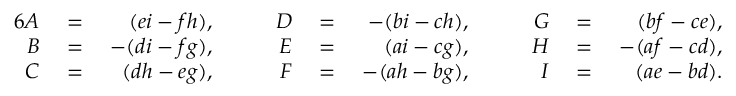
\begin{array} { r l r l r l r l r l r } { { 6 } A } & { { } = { } } & { ( e i - f h ) , } & { { } \quad } & { D } & { { } = { } } & { - ( b i - c h ) , } & { { } \quad } & { G } & { { } = { } } & { ( b f - c e ) , } \\ { B } & { { } = { } } & { - ( d i - f g ) , } & { { } \quad } & { E } & { { } = { } } & { ( a i - c g ) , } & { { } \quad } & { H } & { { } = { } } & { - ( a f - c d ) , } \\ { C } & { { } = { } } & { ( d h - e g ) , } & { { } \quad } & { F } & { { } = { } } & { - ( a h - b g ) , } & { { } \quad } & { I } & { { } = { } } & { ( a e - b d ) . } \end{array}